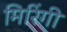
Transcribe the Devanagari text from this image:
मिरिंगी